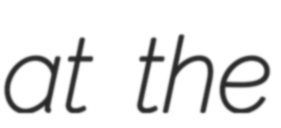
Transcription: at the